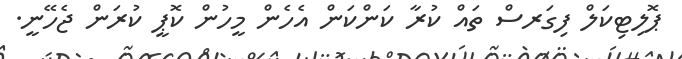
ޕޮލިޓިކަލް ފިގަރސް ތައް ކުރާ ކަންކަން އެހެން މީހުން ކޮޕީ ކުރަން ޖެހޭނީ.